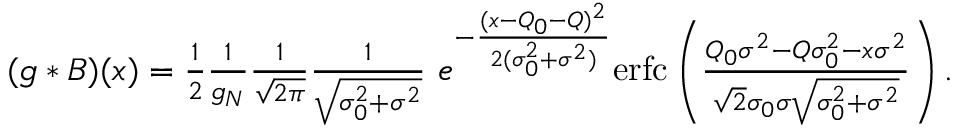
\begin{array} { r } { ( g * B ) ( x ) = \frac { 1 } { 2 } \frac { 1 } { g _ { N } } \frac { 1 } { \sqrt { 2 \pi } } \frac { 1 } { \sqrt { \sigma _ { 0 } ^ { 2 } + \sigma ^ { 2 } } } \ e ^ { - \frac { ( x - Q _ { 0 } - Q ) ^ { 2 } } { 2 ( \sigma _ { 0 } ^ { 2 } + \sigma ^ { 2 } ) } } \mathrm { e r f c } \left( \frac { Q _ { 0 } \sigma ^ { 2 } - Q \sigma _ { 0 } ^ { 2 } - x \sigma ^ { 2 } } { \sqrt { 2 } \sigma _ { 0 } \sigma \sqrt { \sigma _ { 0 } ^ { 2 } + \sigma ^ { 2 } } } \right) . } \end{array}